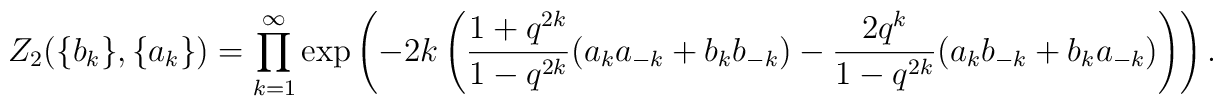
Z_2 (\{b_k\},\{a_k\}) = \prod_{k=1}^\infty\exp\left(-2k\left(   \frac{1+q^{2k}}{1-q^{2k}} (a_ka_{-k} + b_kb_{-k}) - \frac{2q^k}{1-q^{2k}}     (a_kb_{-k} + b_ka_{-k}) \right)\right).